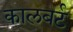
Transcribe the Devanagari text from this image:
कालबर्ट